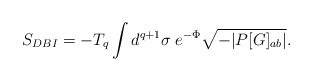
\begin{align*}S_{DBI}=-T_{q}\int d^{q+1}\sigma\;e^{-\Phi}\sqrt{-|P[G]_{ab}|}. \end{align*}